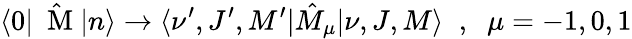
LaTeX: \langle 0|\hat{\mathrm{~\mathbf~M~}}|n\rangle\to\langle\nu^{\prime},J^{\prime},M^{\prime}|\hat{M}_{\mu}|\nu,J,M\rangle\; \; ,\; \; \mu=-1,0,1